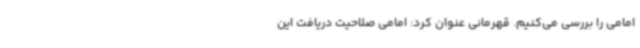
امامی را بررسی می‌کنیم. قهرمانی عنوان کرد: امامی صلاحیت دریافت این